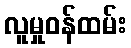
လူမှုဝန်ထမ်း